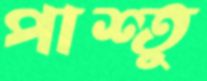
পাশ্তু